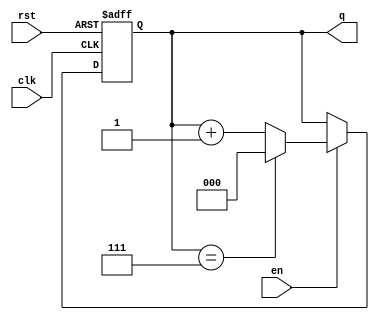
module binary_counter #(
    parameter N = 3  // Number of bits for the counter (default is 3 bits)
)(
    input wire clk,       // Clock signal
    input wire rst,       // Asynchronous reset
    input wire en,        // Enable signal
    output reg [N-1:0] q  // Counter output
);

    // Always block triggered on the rising edge of the clock or asynchronous reset
    always @(posedge clk or posedge rst) begin
        if (rst) begin
            q <= 0;  // Reset the counter to 0
        end else if (en) begin
            // Increment the counter and roll over if it exceeds the maximum value
            if (q == (1 << N) - 1) begin
                q <= 0;  // Roll over to 0
            end else begin
                q <= q + 1;  // Increment the counter
            end
        end
    end

endmodule